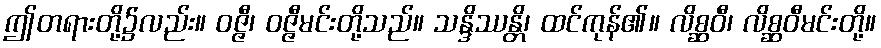
ဤတရားတို့၌လည်း။ ဝဇ္ဇီ၊ ဝဇ္ဇီမင်းတို့သည်။ သန္ဒိဿန္တိ၊ ထင်ကုန်၏။ လိစ္ဆဝီ၊ လိစ္ဆဝီမင်းတို့။